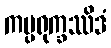
ကပ္ပရုက္ခဿိဒံ